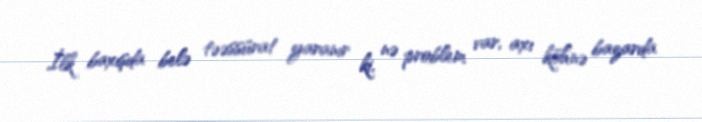
İlk baxışda belə təəssürat yaranır ki, nə problem var, axı köhnə bazarda